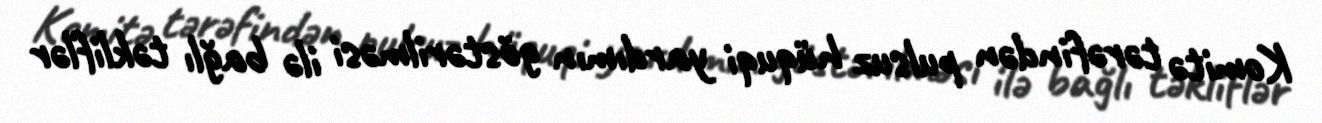
Komitə tərəfindən pulsuz hüquqi yardımın göstərilməsi ilə bağlı təkliflər